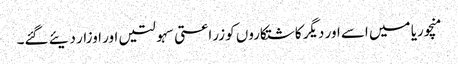
منچوریا میں اسے اور دیگر کاشتکاروں کو زراعتی سہولتیں اور اوزار دیئے گئے۔